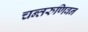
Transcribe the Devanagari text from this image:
चन्तरुणिवन